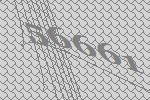
56661